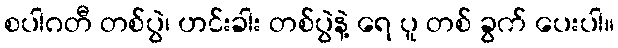
စပါဂတီ တစ်ပွဲ၊ ဟင်းခါး တစ်ပွဲနဲ့ ရေ ပူ တစ် ခွက် ပေးပါ။